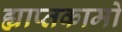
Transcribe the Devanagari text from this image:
ह्याप्तकामो